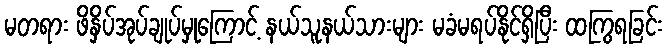
မတရား ဖိနှိပ်အုပ်ချုပ်မှုကြောင့် နယ်သူနယ်သားများ မခံမရပ်နိုင်ရှိပြီး ထကြွရခြင်း